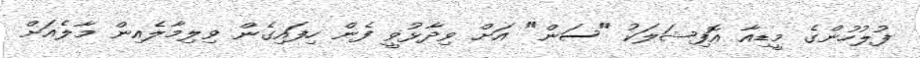
ފުލުހުންގެ މީޑިއާ އޮފިޝަލަކު "ސަން" އަށް ވިދާޅުވީ ފެން ހިފައިގެން ވިލިމާލެއިން މާލެއަށް